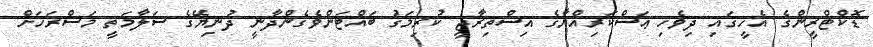
ޑޮކްޓްރީންގެ އެހީގައި ދިވެހި ޢަސްކަރިއްޔާގެ އިސްތިރާޖީ ކުރިމަގު ބައްޓަންވެގެންދާނީ ދުނިޔޭގެ ސަލާމަތީ މަސްރަހަށް